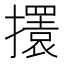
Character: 𢸃